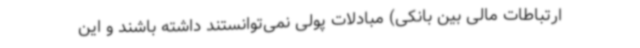
ارتباطات مالی بین بانکی) مبادلات پولی نمی‌توانستند داشته باشند و این